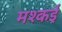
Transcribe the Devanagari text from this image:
मश्कई